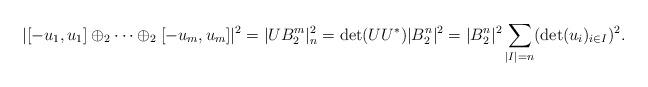
LaTeX: \begin{align*}|[-u_1,u_1]\oplus_2\cdots\oplus_2[-u_m,u_m]|^2=|U B_2^m|^2_n= \det (UU^*) |B_2^n|^2 =|B_2^n|^2\sum_{|I|=n}(\det(u_i)_{i\in I})^2 .\end{align*}